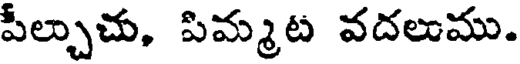
పీల్చుచు, పిమ్మట వదలుము.